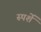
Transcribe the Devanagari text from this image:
स्पर्शें